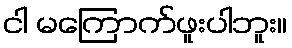
ငါ မကြောက်ဖူးပါဘူး။